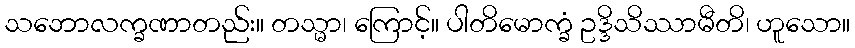
သဘောလက္ခဏာတည်း။ တသ္မာ၊ ကြောင့်။ ပါတိမောက္ခံ ဥဒ္ဒိသိဿာမီတိ၊ ဟူသော။